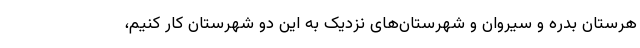
هرستان بدره و سیروان و شهرستان‌های نزدیک به این دو شهرستان کار کنیم،